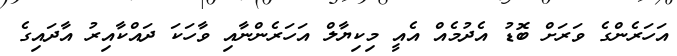
އަހަރެންގެ ވަރަށް ބޮޑު އެދުމެއް އެއީ މިކިޔާލް އަހަރެންނާއި ވާހަކަ ދައްކާއިރު އާދައިގެ